Report on sanitation, dispensaries, and jails in Rajputana for 1921, and on vaccination for the year 1921-1922 - 1921-1922
Year: 1921
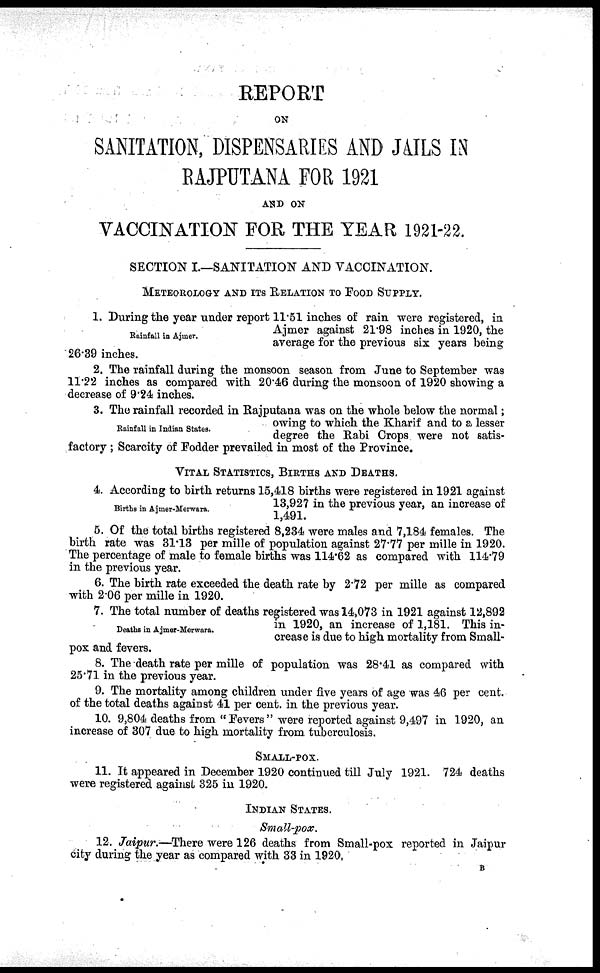
REPORT
ON
SANITATION, DISPENSARIES AND JAILS IN
RAJPUTANA FOR 1921
AND ON
VACCINATION FOR THE YEAR 1921-22.
SECTION I.—SANITATION AND VACCINATION.
METEOROLOGY AND ITS RELATION TO FOOD SUPPLY.
Rainfall in Ajmer.
1. During the year under report 11.51 inches of rain were registered, in
Ajmer against 21.98 inches in 1920, the
average for the previous six years being
26.39 inches.
2. The rainfall during the monsoon season from June to September wa9
11.22 inches as compared with 20.46 during the monsoon of 1920 showing a
decrease of 9.24 inches.
Rainfall in Indian States.
3. The rainfall recorded in Rajputana was on the whole below the normal;
owing to which the Kharif and to a lesser
degree the Rabi Crops were not satis-
factory ; Scarcity of Fodder prevailed in most of the Province.
VITAL STATISTICS, BIRTHS AND DEATHS.
Births in Ajmer-Merwara.
4. According to birth returns 15,418 births were registered in 1921 against
13,927 in the previous year, an increase of
1,491.
5. Of the total births registered 8,234 were males and 7,184 females. The
birth rate was 31.13 per mille of population against 27.77 per mille in 1920.
The percentage of male to female births was 114.62 as compared with 114.79
in the previous year.
6. The birth rate exceeded the death rate by 2.72 per mille as compared
with 2.06 per mille in 1920.
Deaths in Ajmer-Merwara.
7. The total number of deaths registered was 14,073 in 1921 against 12,892
in 1920, an increase of 1,181. This in-
crease is due to high mortality from Small-
pox and fevers.
8. The death rate per mille of population was 28.41 as compared with
25.71 in the previous year.
9. The mortality among children under five years of age was 46 per cent.
of the total deaths against 41 per cent. in the previous year.
10. 9,804 deaths from "Fevers" were reported against 9,497 in 1920, an
increase of 307 due to high mortality from tuberculosis.
SMALL-POX.
11. It appeared in December 1920 continued till July 1921. 724 deaths
were registered against 325 in 1920.
INDIAN STATES.
Small-pox.
12. Jaipur:—There were 126 deaths from Small-pox reported in Jaipur
city during the year as compared with 33 in 1920.
B